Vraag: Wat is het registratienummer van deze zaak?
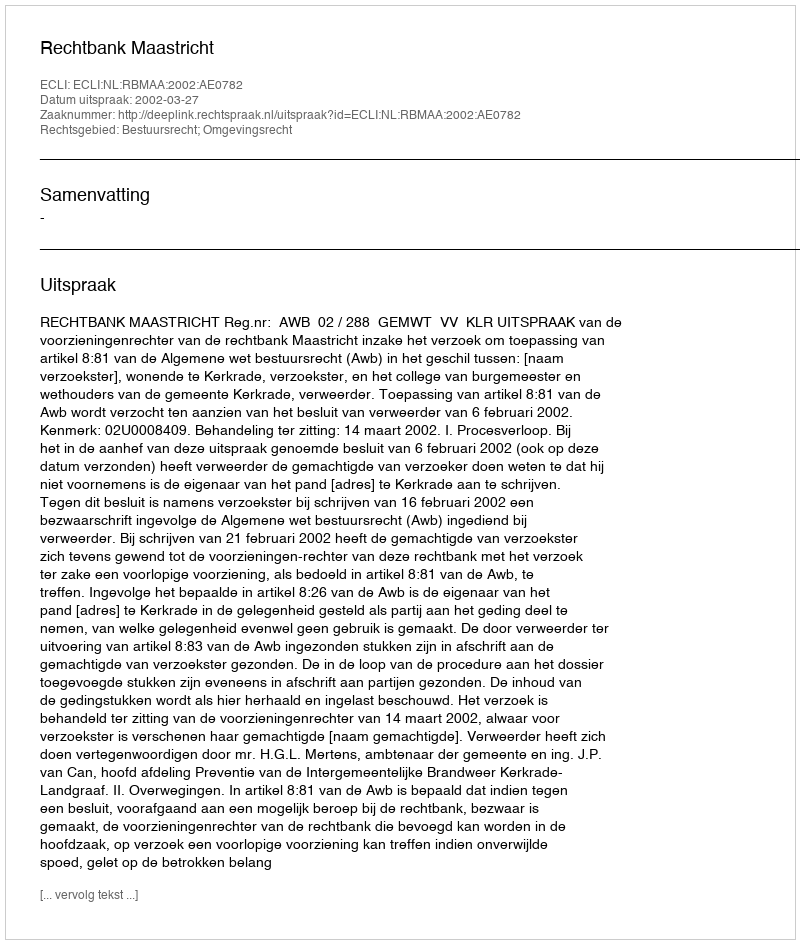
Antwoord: http://deeplink.rechtspraak.nl/uitspraak?id=ECLI:NL:RBMAA:2002:AE0782